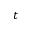
t